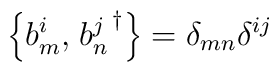
\left\{b_m^i,\left.b_n^j\right.^\dagger\right\}=\delta_{mn}\delta^{ij}